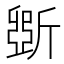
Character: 斲